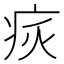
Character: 𤵮